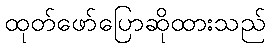
ထုတ်ဖော်ပြောဆိုထားသည်